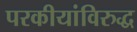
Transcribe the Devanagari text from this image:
परकीयांविरुद्ध